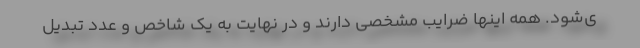
ی‌شود. همه اینها ضرایب مشخصی دارند و در نهایت به یک شاخص و عدد تبدیل